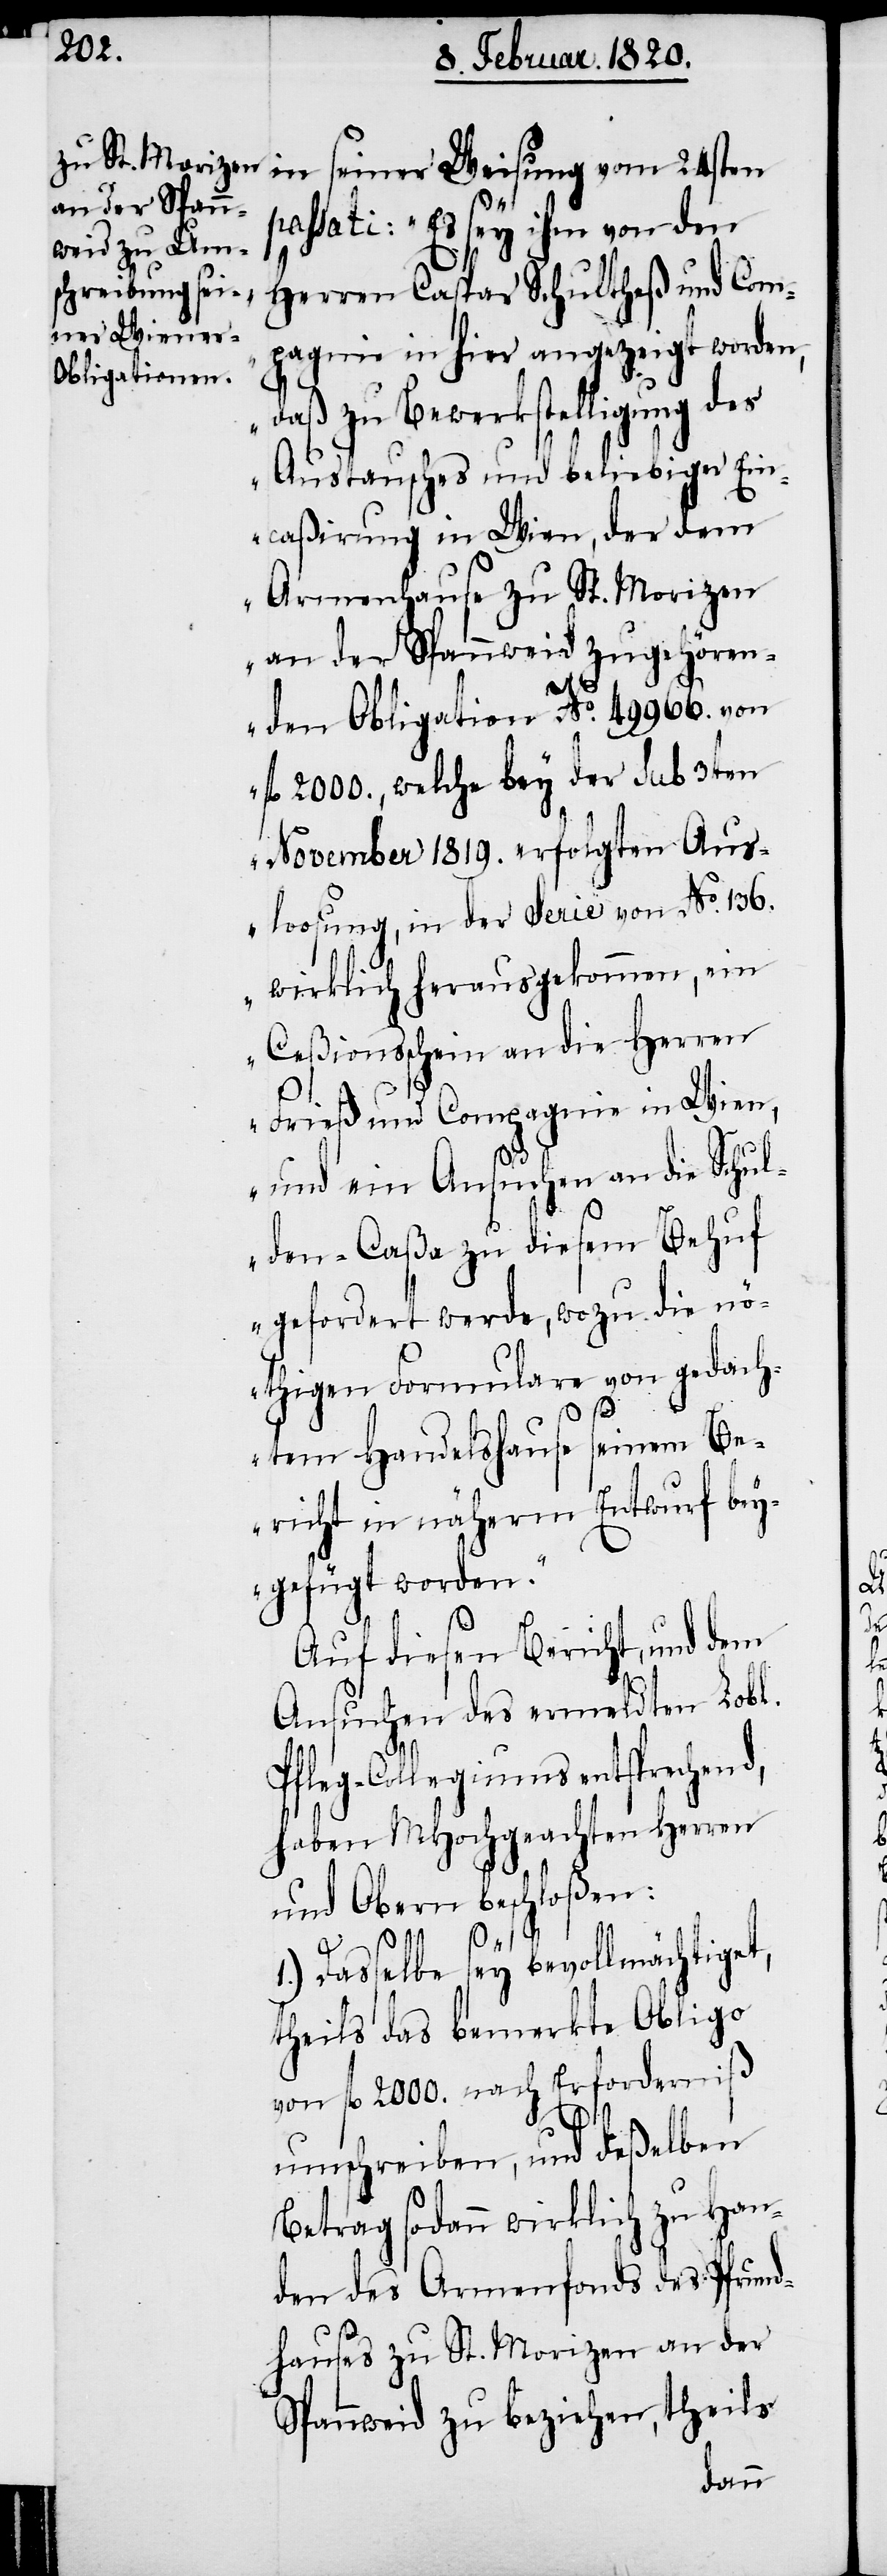
passati: „Es sey ihm von den
Herren Caspar Schultheß und Com¬
pagnie in hier angezeigt worden,
daß zu Bewerkstelligung des
Austausches und beliebiger Ein¬
caßirung in Wien, der dem
Armenhause zu St. Morizen
an der Spannweid zugehören¬
den Obligation No. 49966. von
fl 2000., welche bey der sub 3ten
November 1819. erfolgten Aus¬
losung, in der Serie von No. 136.
wirklich herausgekommen, ein
Ceßionsschein an die Herren
Frieß und Compagnie in Wien,
und ein Ansuchen an die Schul¬
den-Caßa zu diesem Behuf
gefordert werde, wozu die nö¬
thigen Formulare von gedach¬
tem Handelshause seinem Be¬
richt in näherm Entwurf bey¬
gefügt worden.“
Auf diesen Bericht, und dem
Ansuchen des ermeldten Lobl.
d,
Pfleg-Collegiums entsprechen¬
haben MHochgeachten Herren
und Obern beschloßen:
1.) Dasselbe sey bevollmächtiget,
theils das bemerkte Obligo
von fl 2000. nach Erforderniß
umschreiben, und deßelben
Betrag sodann wirklich zu Han¬
den des Armenfonds des Pfrund¬
hauses zu St. Morizen an der
Spannweid zu beziehen, theils